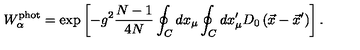
W _ { \alpha } ^ { \mathrm { p h o t } } = \exp \left[ - g ^ { 2 } \frac { N - 1 } { 4 N } \oint _ { C } ^ { } d x _ { \mu } \oint _ { C } ^ { } d x _ { \mu } ^ { \prime } D _ { 0 } \left( \vec { x } - \vec { x } ^ { \prime } \right) \right] .